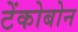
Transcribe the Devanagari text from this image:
टेंकोबोन